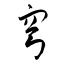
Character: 穹